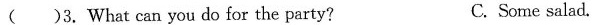
( )3.What can you do for the party? C. Some salad.